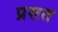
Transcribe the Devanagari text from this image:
प्रसत